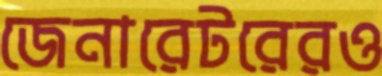
জেনারেটরেরও